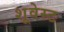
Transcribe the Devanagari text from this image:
शूवेस्ट